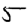
Digit: 5